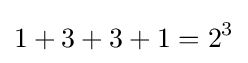
1+3+3+1=2^{3}